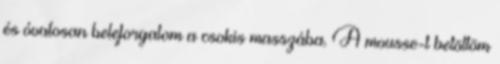
és óvatosan beleforgatom a csokis masszába. A mousse-t betöltöm